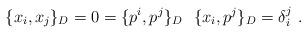
LaTeX: \begin{align*}\{x_i , x_j\} _D = 0 =\{ p^i , p^j\} _D \,\,\,\, \{ x_i , p^j \} _D = \delta ^j_i \,\, . \end{align*}